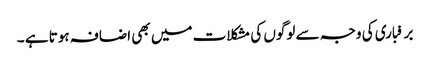
برفباری کی وجہ سے لوگوں کی مشکلات میں بھی اضافہ ہوتا ہے ۔